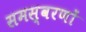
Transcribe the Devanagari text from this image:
समस्वरणों